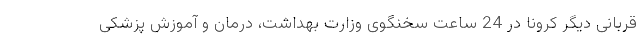
قربانی دیگر کرونا در 24 ساعت سخنگوی وزارت بهداشت، درمان و آموزش پزشکی